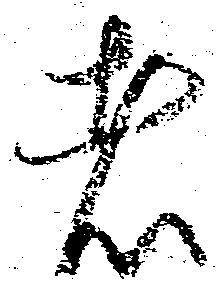
者